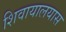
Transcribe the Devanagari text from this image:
शिवायालयास